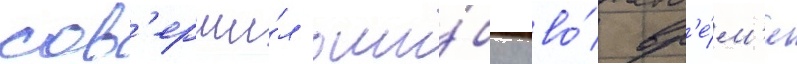
сов'ерши́л оши́бку во́ вр'е́м'я